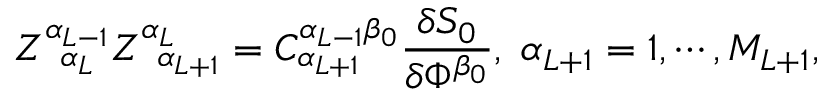
Z _ { \; \; \alpha _ { L } } ^ { \alpha _ { L - 1 } } Z _ { \; \; \alpha _ { L + 1 } } ^ { \alpha _ { L } } = C _ { \alpha _ { L + 1 } } ^ { \alpha _ { L - 1 } \beta _ { 0 } } \frac { \delta S _ { 0 } } { \delta \Phi ^ { \beta _ { 0 } } } , \; \alpha _ { L + 1 } = 1 , \cdots , M _ { L + 1 } ,